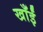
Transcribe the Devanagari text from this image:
खाँईं